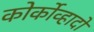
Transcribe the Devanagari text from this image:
कोर्कोव्हादो